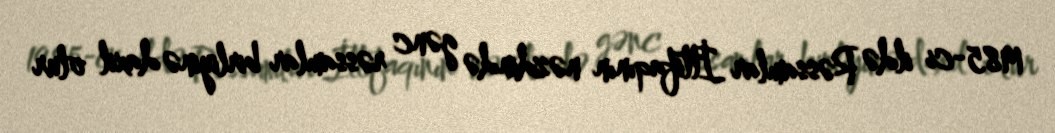
1985-ci ildə Rəssamlar İttifaqının nəzdində gənc rəssamlar birliyinə daxil olur